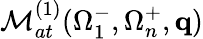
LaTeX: {\cal M}_{at}^{(1)}(\Omega_{1}^{-},\Omega_{n}^{+},\mathbf{q})